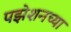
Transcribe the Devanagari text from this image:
पझेशनच्या